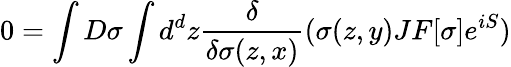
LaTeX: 0=\int D\sigma\int d^{d}z{\frac{\delta}{\delta\sigma(z,x)}}(\sigma(z,y)JF[\sigma]e^{iS})